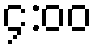
၄:၀၀